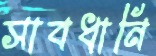
সাবধানি